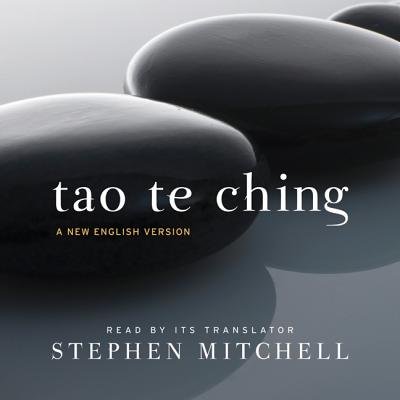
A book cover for Tao Te Ching Low Price CD[TAO TE CHING LOW PRICE CD 2D][ABRIDGED][Compact Disc]; LaoTzu; Religion & Spirituality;